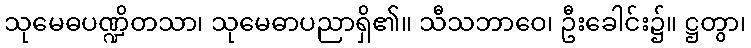
သုမေဓပဏ္ဍိတသာ၊ သုမေဓာပညာရှိ၏။ သီသဘာဝေ၊ ဦးခေါင်း၌။ ဋ္ဌတွာ၊